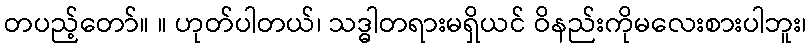
တပည့်တော်။ ။ ဟုတ်ပါတယ်၊ သဒ္ဓါတရားမရှိယင် ဝိနည်းကိုမလေးစားပါဘူး၊